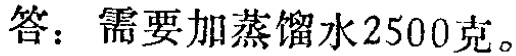
答：需要加蒸馏水2500克。